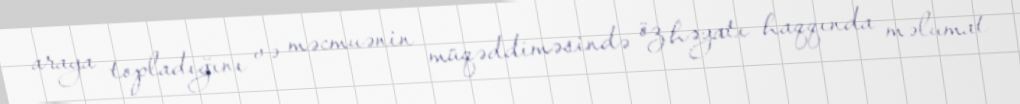
araya topladığını və məcmuənin müqəddiməsində öz həyatı haqqında məlumat